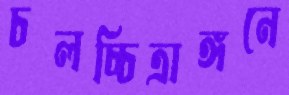
চলচ্চিত্রাঙ্গনে